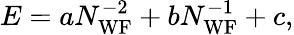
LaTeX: E=aN_{\mathrm{WF}}^{-2}+bN_{\mathrm{WF}}^{-1}+c,